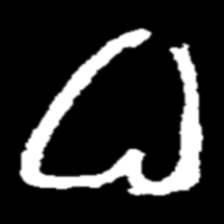
Pyu character \u2014 Myanmar letter: ဓ (romanized: dha)